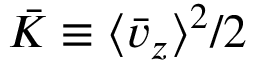
\bar { K } \equiv \langle \bar { v } _ { z } \rangle ^ { 2 } / 2